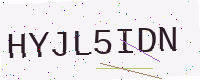
Text: HYJL5IDN